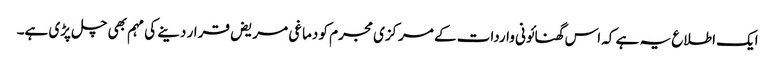
ایک اطلاع یہ ہے کہ اس گھنائونی واردات کے مرکزی مجرم کو دماغی مریض قرار دینے کی مہم بھی چل پڑی ہے۔